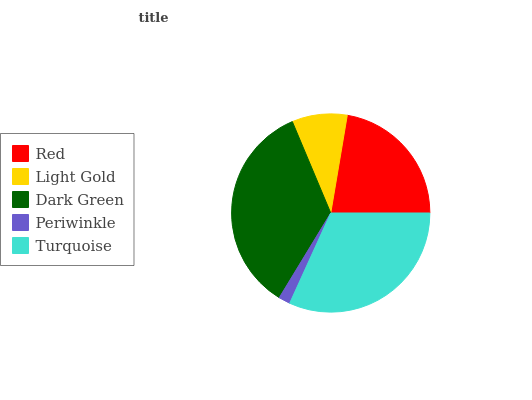
| Red | Light Gold | Dark Green | Periwinkle | Turquoise |
 | --- | --- | --- | --- | --- |
 | 22.3% | 8.99% | 35% | 1.89% | 31.8% |